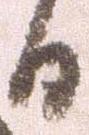
日